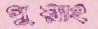
গুয়াং